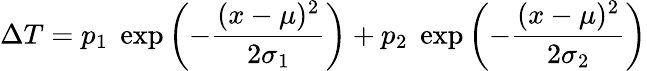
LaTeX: \Delta T=p_{1}\; \exp\left(-\frac{(x-\mu)^{2}}{2\sigma_{1}}\right)+p_{2}\; \exp\left(-\frac{(x-\mu)^{2}}{2\sigma_{2}}\right)